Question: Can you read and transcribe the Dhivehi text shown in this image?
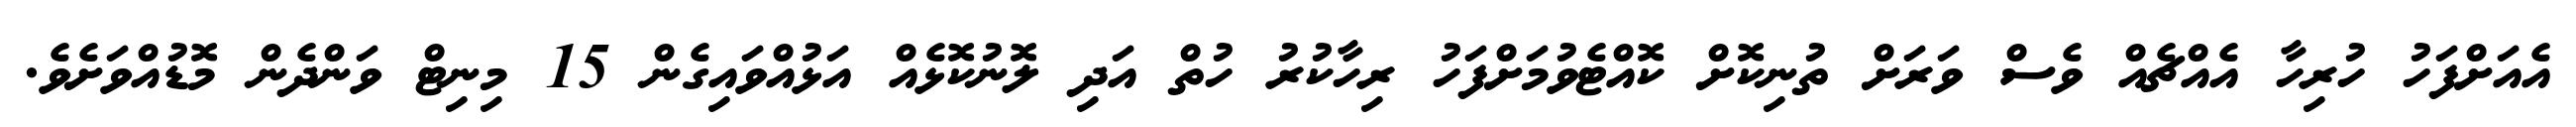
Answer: އެއަށްފަހު ހުރިހާ އެއްޗެއް ވެސް ވަރަށް ތުނިކޮށް ކޮއްޓެވުމަށްފަހު ރިހާކުރު ހުތް އަދި ލޮނުކޮޅެއް އަޅުއްވައިގެން 15 މިނިޓް ވަންދެން މޮޑުއްވަށެވެ.